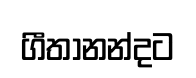
ගීතානන්දට